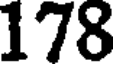
178